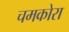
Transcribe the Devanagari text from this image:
चमकोरा